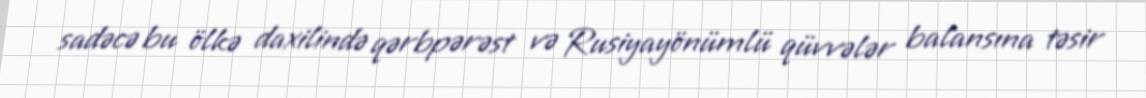
sadəcə bu ölkə daxilində qərbpərəst və Rusiyayönümlü qüvvələr balansına təsir